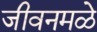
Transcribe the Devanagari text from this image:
जीवनमळे